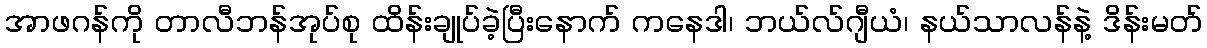
အာဖဂန်ကို တာလီဘန်အုပ်စု ထိန်းချုပ်ခဲ့ပြီးနောက် ကနေဒါ၊ ဘယ်လ်ဂျီယံ၊ နယ်သာလန်နဲ့ ဒိန်းမတ်